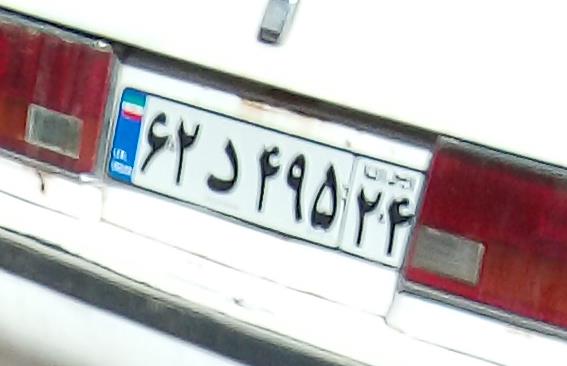
۶۲د۴۹۵۳۴